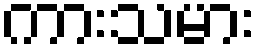
ကားသမား